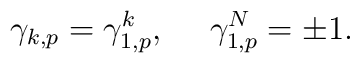
\gamma_{k,p}=\gamma_{1,p}^k, ~~~~\gamma_{1,p}^N = \pm 1.